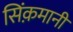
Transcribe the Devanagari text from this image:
सिंक़मानी